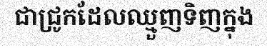
ជាជ្រូកដែលឈ្មួញទិញក្នុង